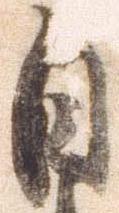
自